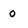
Character: 0